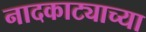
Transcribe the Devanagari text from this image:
नादकाट्याच्या